Report on sanitation, dispensaries, and jails in Rajputana for 1917, and on vaccination for the year 1917-1918 - 1917-1918
Year: 1917
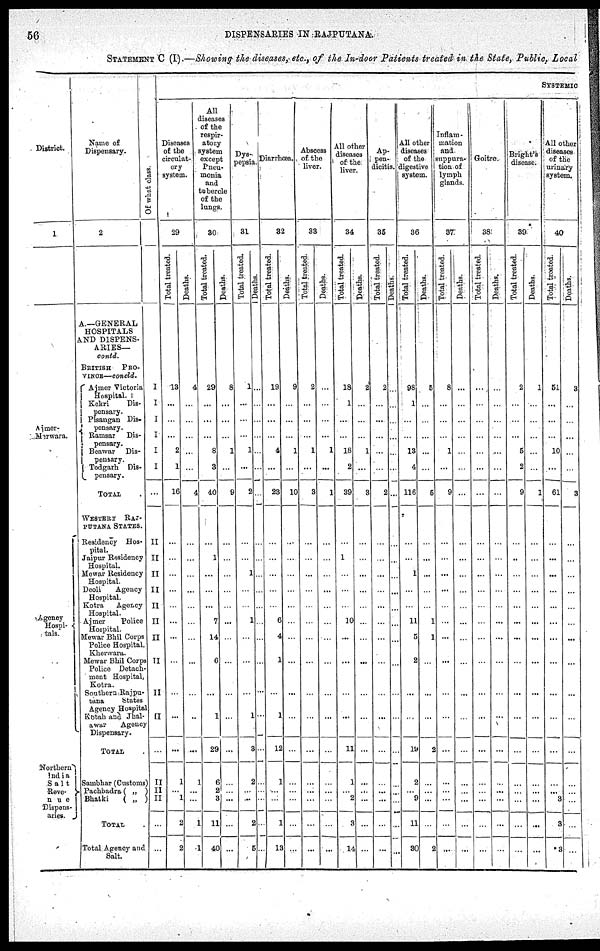
56
DISPENSARIES IN RAJPUTANA
STATEMENT C (I).—Showing the diseases, etc., of the In-door Patients treated in the State, Public, Local
District.
1
Ajmer-
Merwara.
Agency
Hospi¬
tals.
Northern
India
Salt
Reve¬
nue
Dispens-
aries.
Name of
Dispensary.
2
A.—GENERAL
HOSPITALS
AND DISPENS-
ARIES—
contd.
BRITISH
PRO-
VINCE—concld.
Ajmer Victoria
Hospital.
Kekri
Dis¬
pensary.
Pisangan Dis¬
pensary.
Ramsar Dis¬
pensary.
Beawar Dis¬
pensary.
Todgarh Dis¬
pensary.
TOTAL
WESTERN RAJ-
PUTANA STATES.
Residency Hos-
pital.
Jaipur Residency
Hospital.
Mewar Residency
Hospital.
Deoli
Agency
Hospital.
Kotra
Agency
Hospital.
Ajmer
Police
Hospital.
Mewar Bhil Corps
Police Hospital,
Khervara.
Mewar Bhil Corp
Police Detach¬
ment Hospital,
Kotra.
Southern Rajpu¬
tana
States
Agency Hospital
Kotah and Jhal¬
awar
Agency
Dispensary.
TOTAL .
Sambhar (Customs )
Pachbadra( „ )
Bhatki
( „ )
TOTAL .
Total Agency and
Salt.
Of what class.
I
I
I
I
I
I
...
II
II
II
II
II
II
II
II
II
II
...
II
II
II
...
...
SYSTEMIC
Diseases
of the
circulat-
ory
system.
29
Total treated.
13
...
...
...
2
1
16
...
...
...
...
...
...
...
...
...
...
...
1
...
1
2
2
Deaths.
_
4
...
...
...
...
...
4
...
...
...
...
...
...
...
...
...
...
...
1
...
...
1
1
All
diseases
of the
respir-
atory
system
except
Pneu-
monia
and
tubercle
of the
Lungs.
30
Total treated.
29
...
...
...
8
3
40
...
1
...
...
...
7
14
6
...
1
29
6
2
3
11
40
Deaths.
8
...
...
...
1
...
9
...
...
...
...
...
...
...
...
...
...
...
...
...
...
...
...
Dys¬
pepsia.
31
Total treated.
1
...
...
...
1
...
2
...
...
1
...
...
1
...
...
...
1
3
2
...
...
2
5
Deaths.
...
...
...
...
...
...
...
...
...
...
...
...
...
...
...
...
...
...
...
...
...
...
...
Diarrhœa.
32
Total treated.
19
...
...
...
4
...
23
...
...
...
...
...
6
4
1
...
1
12
1
...
...
1
...
Deaths.
9
...
...
...
1
...
10
...
...
...
...
...
...
...
...
...
...
...
...
...
...
...
...
Abscess
of the
liver.
33
Total treated.
2
...
...
...
1
...
3
...
...
...
...
...
...
...
...
...
...
...
...
...
...
...
...
Deaths.
...
...
...
...
1
...
1
...
...
...
...
...
...
...
...
...
...
...
...
...
...
...
...
All other
diseases
of the
liver.
34
Total treated.
18
1
...
...
18
2
39
...
1
...
...
...
10
...
...
...
...
11
1
...
2
3
14
Deaths.
2
...
...
...
1
...
3
...
...
...
...
...
...
...
...
...
...
...
...
...
...
...
...
Ap¬
pen¬
dicitis.
35
Total treated.
2
...
...
...
...
...
2
...
...
...
...
...
...
...
...
...
...
...
...
...
...
...
...
Deaths.
...
...
...
...
...
...
...
...
...
...
...
...
...
...
...
...
...
...
...
...
...
...
...
All other
diseases
of the
digestive
system.
36
Total treated.
98
1
...
...
13
4
116
...
...
1
...
...
11
5
2
...
...
19
2
...
9
11
30
Deaths.
5
...
...
...
...
...
5
...
...
...
...
...
1
1
...
...
...
2
...
...
...
...
2
Inflam-
mation
and.
suppura-
tion of
lymph
glands.
37
Total treated.
8
...
...
...
1
...
9
...
...
...
...
...
...
...
...
...
...
...
...
...
...
...
...
Deaths.
...
...
...
...
...
...
...
...
...
...
...
...
...
...
...
...
...
...
...
...
...
...
...
Goitre.
38
Total treated.
...
...
...
...
...
...
...
...
...
...
...
...
...
...
...
...
...
...
...
...
...
...
...
Deaths.
...
...
...
...
...
...
...
...
...
...
...
...
...
...
...
...
...
...
...
...
...
...
...
Bright's
disease.
39
Total treated.
2
...
...
...
5
2
9
...
...
...
...
...
...
...
...
...
...
...
...
...
...
Deaths.
1
...
...
...
...
...
1
...
...
...
...
...
...
...
...
...
...
...
...
...
...
...
...
All other
diseases
of the
urinary
system.
40
Total treated.
51
...
...
...
10
...
61
...
...
...
...
...
...
...
...
...
...
...
...
...
3
3
3
Deaths.
3
...
...
...
...
...
3
...
...
...
...
...
...
...
...
...
...
...
...
...
...